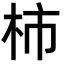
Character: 柿